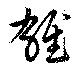
雄